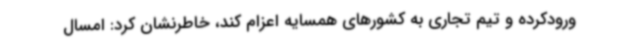
ورودکرده و تیم تجاری به کشورهای همسایه اعزام کند، خاطرنشان کرد: امسال